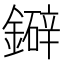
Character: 𫓅